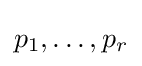
p_{1},\ldots ,p_{r}